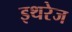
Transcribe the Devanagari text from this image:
इथरेज